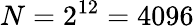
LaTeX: N=2^{12}=4096